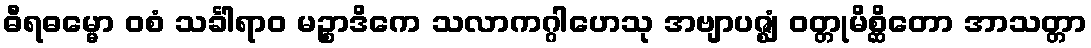
ဓီရဓမ္မော ဝစံ သင်္ခါရာဝ မဉ္စာဒိကေ သလာကဂ္ဂါဟေသု အဗျာပဇ္ဈံ ဝတ္တုမိစ္ဆိတော အာသတ္တာ